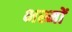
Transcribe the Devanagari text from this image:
भस्मों